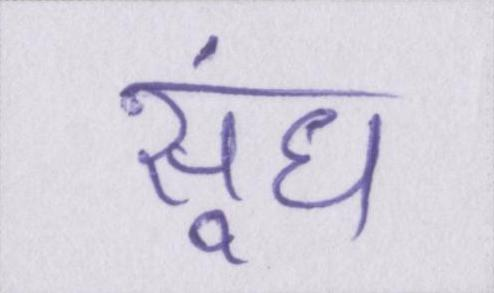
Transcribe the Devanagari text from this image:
सूंघ